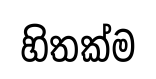
හිතක්ම